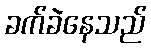
ခက်ခဲနေသည်